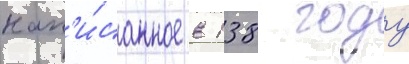
нап'и́санное в 138 году